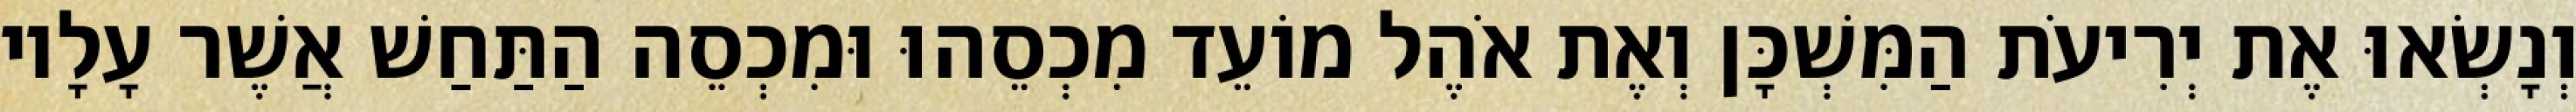
וְנָשְׂאוּ אֶת יְרִיעֹת הַמִּשְׁכָּן וְאֶת אֹהֶל מוֹעֵד מִכְסֵהוּ וּמִכְסֵה הַתַּחַשׁ אֲשֶׁר עָלָיו